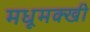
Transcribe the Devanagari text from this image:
मधूमक्खी